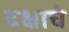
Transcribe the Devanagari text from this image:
दक्षाचे